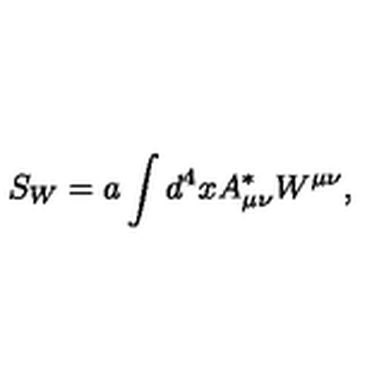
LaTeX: S _ { W } = a \int d ^ { 4 } x A _ { \mu \nu } ^ { * } W ^ { \mu \nu } ,